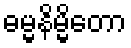
ဓမ္မနိမ္မိတော